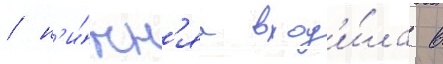
/ н'и́жн'яа вход'и́ла в